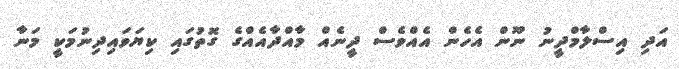
އަދި އިސްލާމްދީނު ނޫން އެހެން އެއްވެސް ދީނެއް މާއްދާއެއްގެ ގޮތުގައި ކިޔަވައިދިނުމަކީ މަނާ